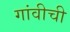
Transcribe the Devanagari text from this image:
गांवीची